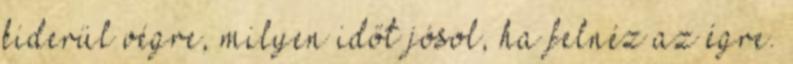
kiderül végre, milyen időt jósol, ha felnéz az égre.